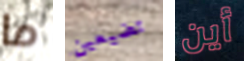
ما تضيعين أين